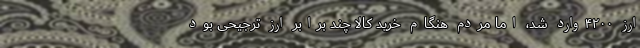
ارز ۴٢٠٠وارد شد، اما مردم هنگام خرید کالا چند برابر ارز ترجیحی بود